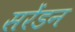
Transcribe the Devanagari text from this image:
सरेंडन